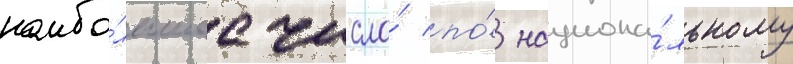
наибо́льшее число́ по́ национа́льному